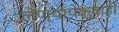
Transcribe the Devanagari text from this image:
लेण्यांपेक्षाही